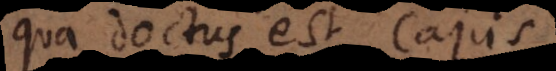
qua doctus est Cajus.